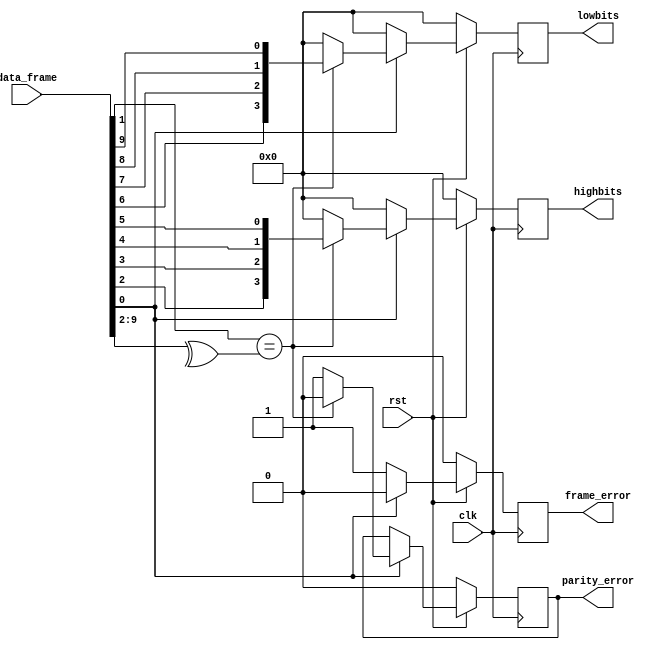
module frame_detector(
	input clk, // 50 Mhz clock
	input rst, // reset signal
	input [10:0] data_frame, // data buffer (data_frame)
	output reg parity_error, // use to display parity_error
	output reg frame_error, // use to display frame_error
	output reg [3:0] highbits, // high bits of data frame
	output reg [3:0] lowbits // low bits of data frame
);

	always @(posedge clk)
		begin
			if(!rst) // reset all registers
				begin
					parity_error <= 1'b0;
					frame_error <= 1'b0;
					lowbits <= 4'b0000;
					highbits <= 4'b0000;
				end
			else
				begin
					if(data_frame[0]== 1'b1) // use to detecte frame_error at buffer[0](stop bit should be 1)
						begin
							frame_error = 1'b0;
							if(data_frame[1] == ^data_frame[9:2]) // parity check for data bits [9:2]
								begin // for 7 seg display decoder
									highbits = {data_frame[2], data_frame[3], data_frame[4], data_frame[5]};
									lowbits = {data_frame[6], data_frame[7], data_frame[8], data_frame[9]};
									parity_error = 1'b0;
								end
							else
								begin // parity error
									lowbits = 4'b0000;
									highbits = 4'b0000;
									parity_error = 1'b1;
								end
						end
					else
						begin // frame error (stop bit = 0)
							frame_error = 1'b1;
							lowbits = 4'b0000;
							highbits = 4'b0000;
						end
				end
		end
endmodule